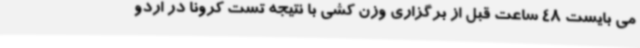
می بایست 48 ساعت قبل از برگزاری وزن کشی با نتیجه تست کرونا در اردو